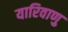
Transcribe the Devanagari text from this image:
यारिवाणु